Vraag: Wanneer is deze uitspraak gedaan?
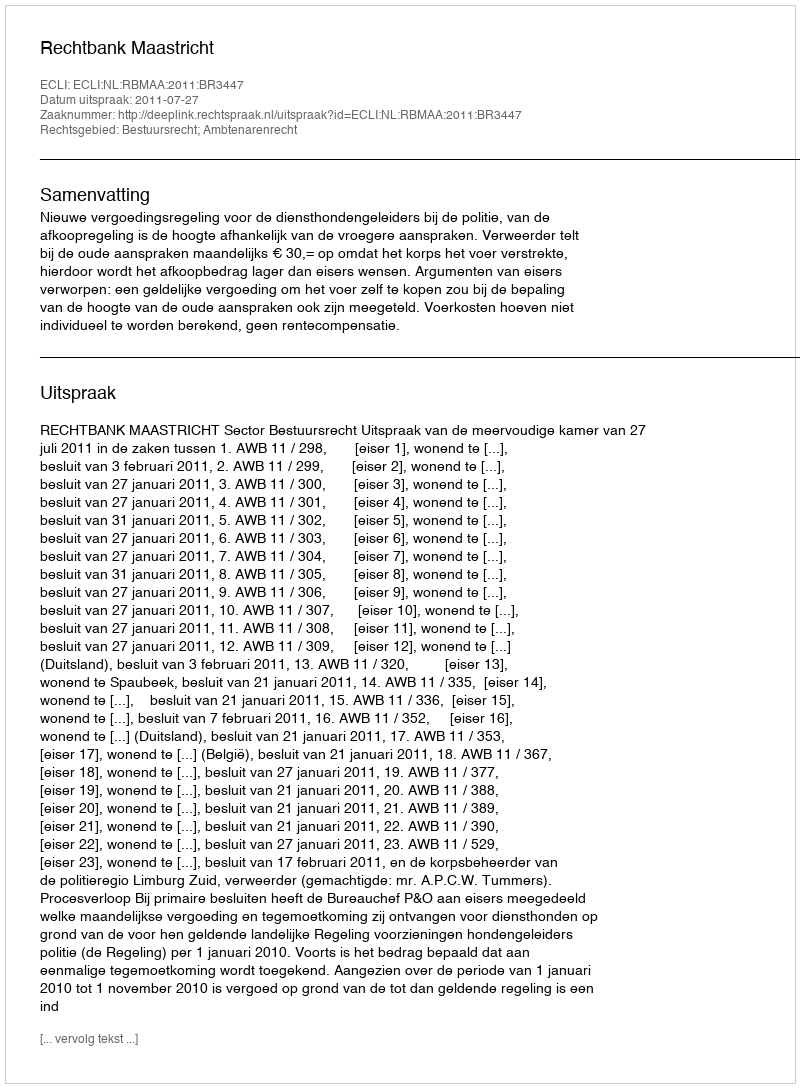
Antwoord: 2011-07-27